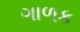
ગાળક